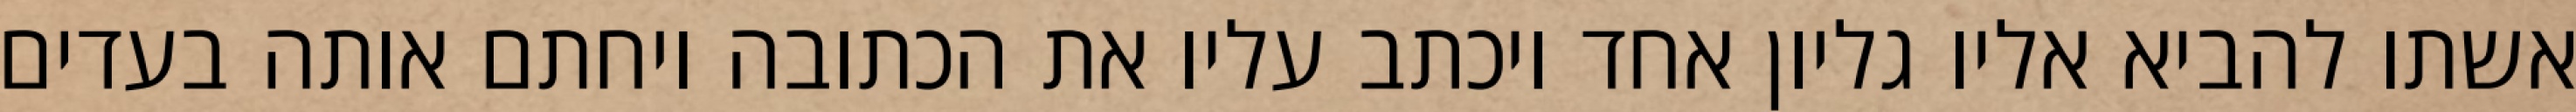
אשתו להביא אליו גליון אחד ויכתב עליו את הכתובה ויחתם אותה בעדים